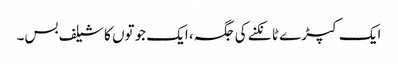
ایک کپڑے ٹانکنے کی جگہ، ایک جوتوں کا شیلف بس۔